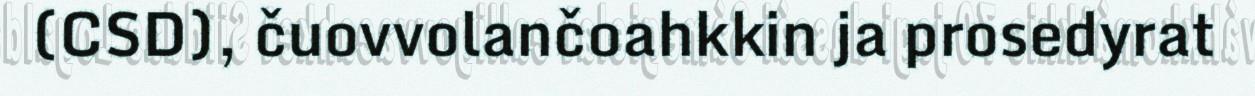
(CSD), čuovvolančoahkkin ja prosedyrat